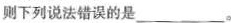
则下列说法错误的是___。